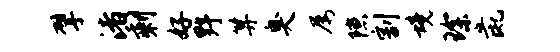
擘渚剩好野算臭屡隙割境琛彘